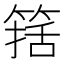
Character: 𰪆